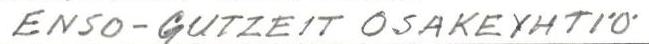
ENSO-GUTZEIT OSAKEYHTIÖ